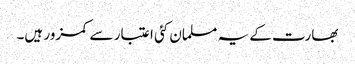
بھارت کے یہ مسلمان کئی اعتبار سے کمزور ہیں۔